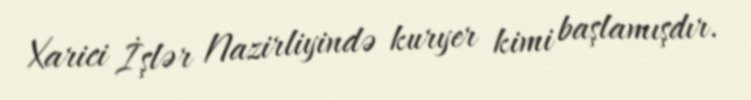
Xarici İşlər Nazirliyində kuryer kimi başlamışdır.